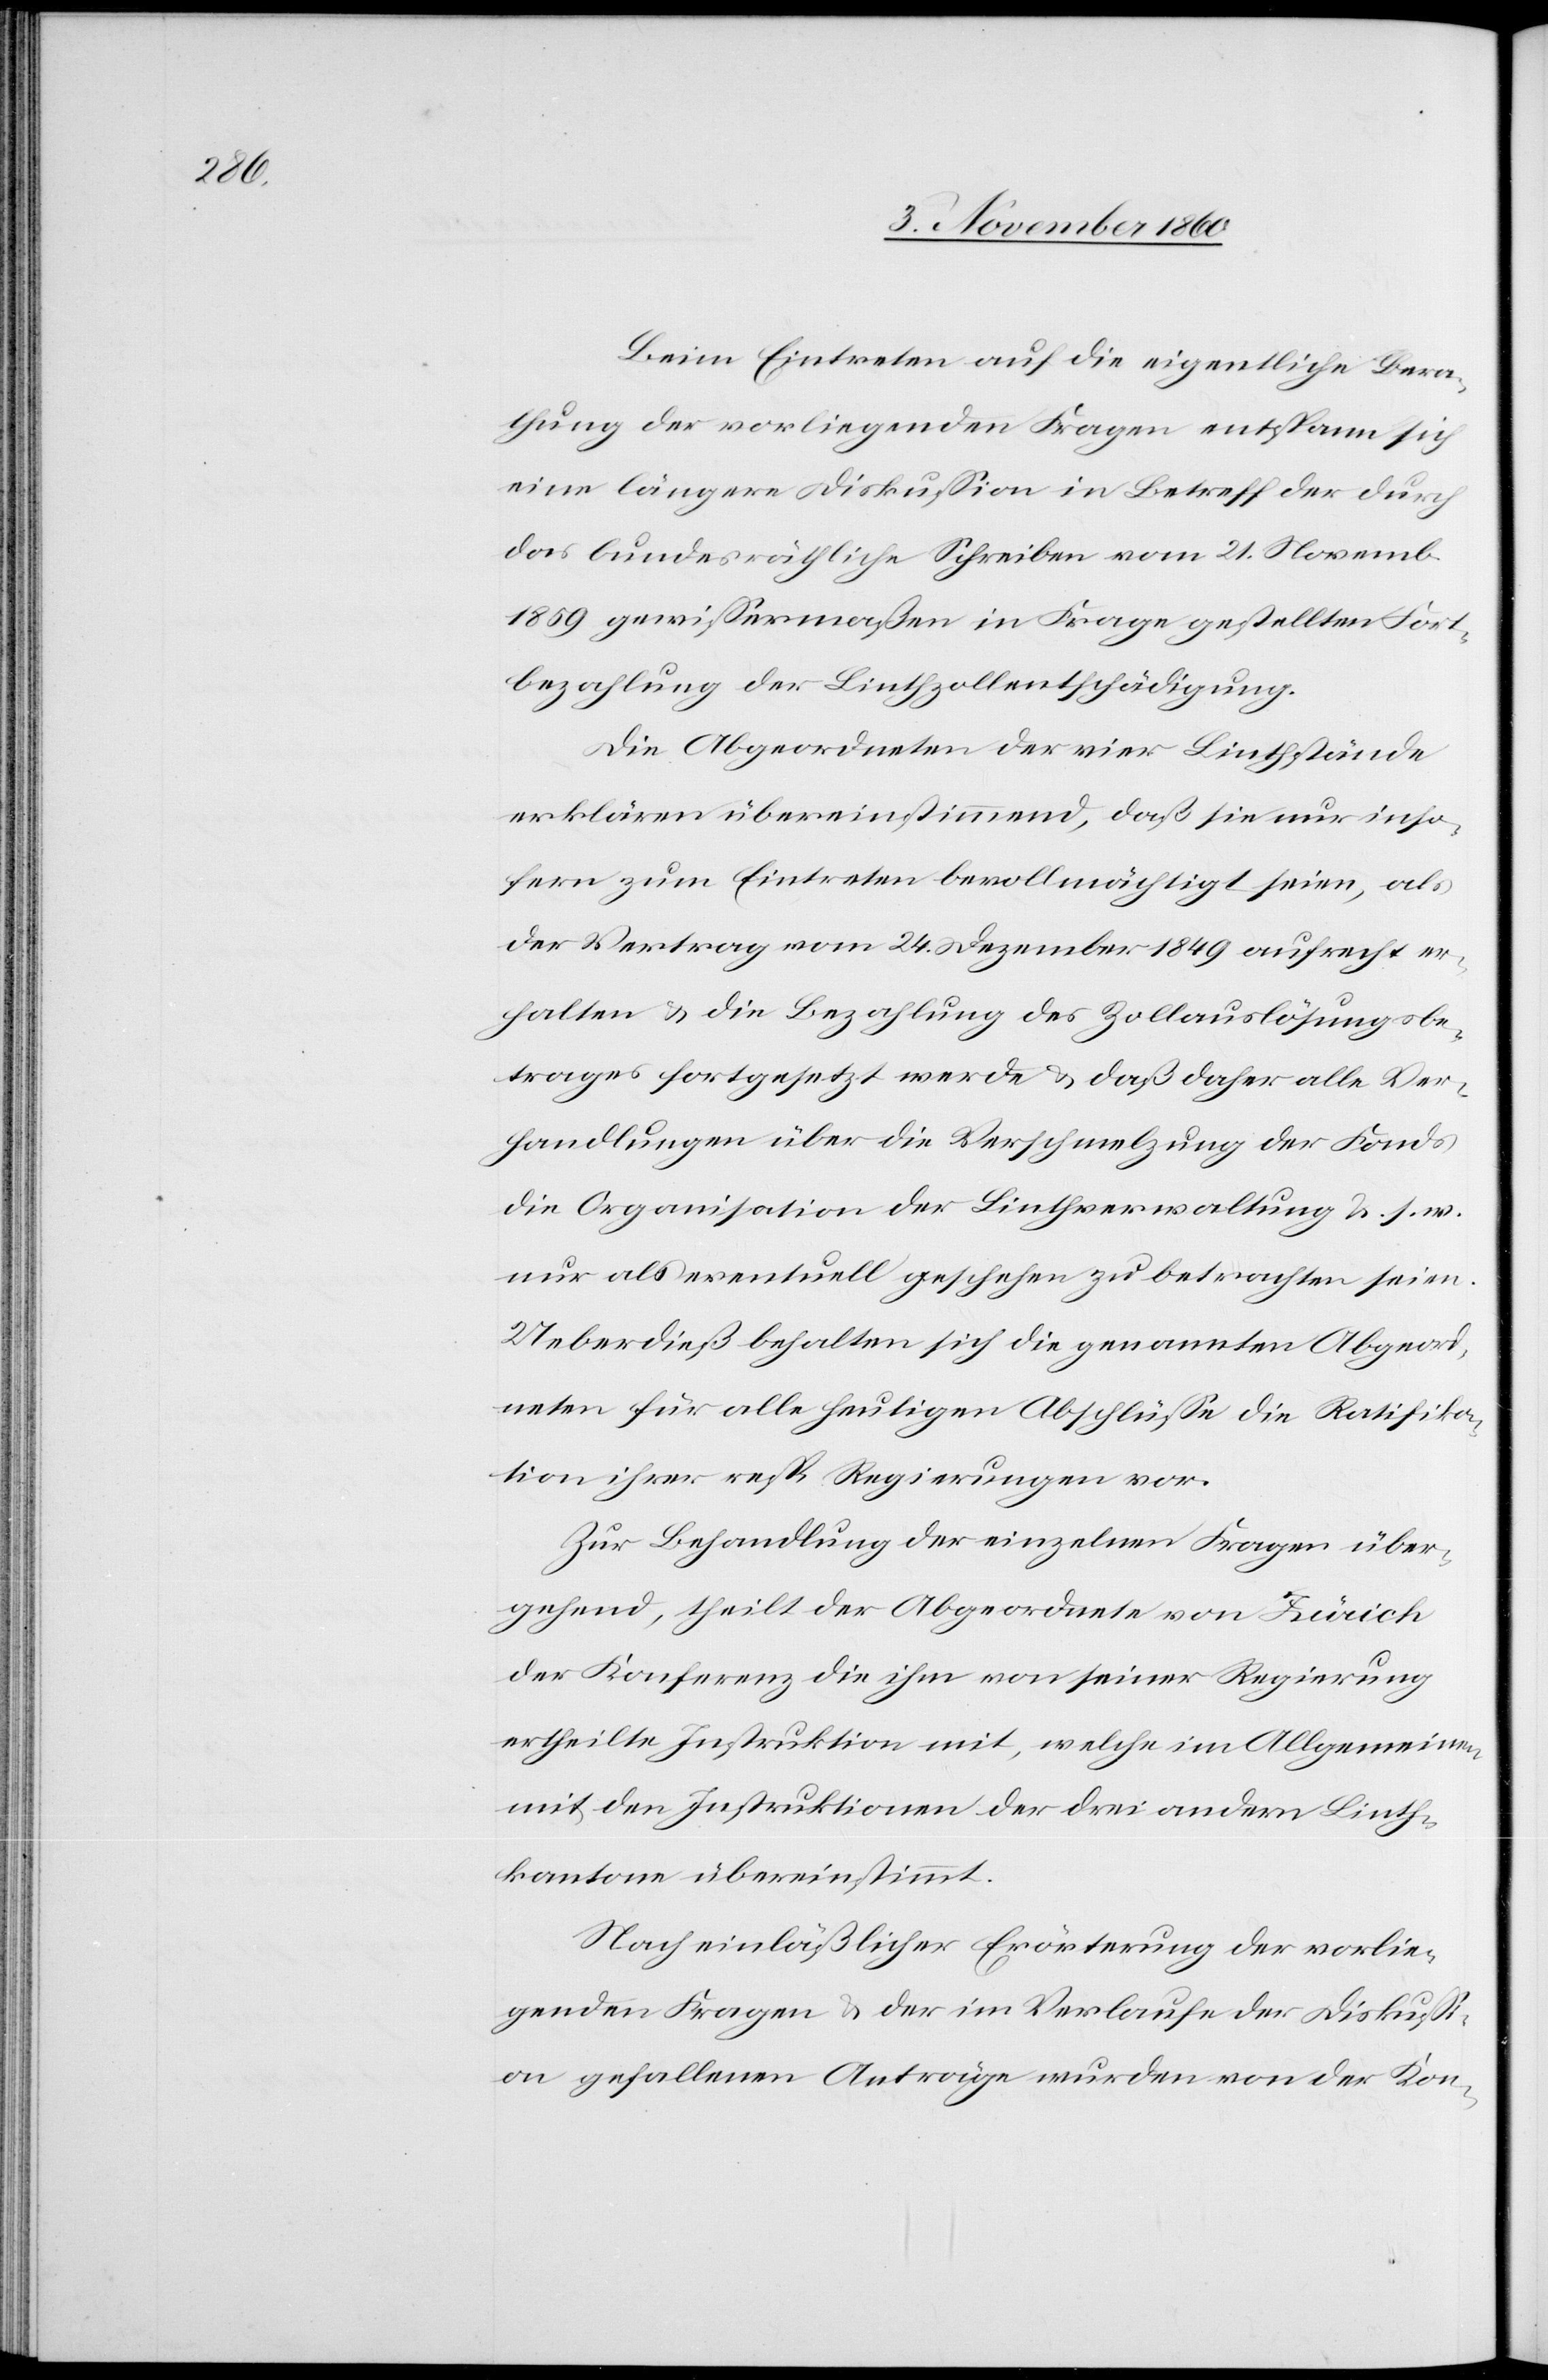
Beim Eintreten auf die eigentliche Bera¬
thung der vorliegenden Fragen entspann sich
eine längere Diskussion in Betreff der durch
das bundesräthliche Schreiben vom 21. Novemb.
1859 gewissermaßen in Frage gestellten Fort¬
bezahlung der Linthzollentschädigung.
Die Abgeordneten der vier Linthstände
erklären übereinstimmend, daß sie nur inso¬
fern zum Eintreten bevollmächtigt seien, als
der Vertrag vom 24. Dezember 1849 aufrecht er¬
halten u. die Bezahlung des Zollauslösungsbe¬
trages fortgesetzt werde u. daß daher alle Ver¬
handlungen über die Verschmelzung der Fonds
die Organisation der Linthverwaltung u. s. w.
nur als eventuell geschehen zu betrachten seien.
Ueberdieß behalten sich die genannten Abgeord¬
neten für alle heutigen Abschlüsse die Ratifika¬
tion ihrer resp. Regierungen vor.
Zur Behandlung der einzelnen Fragen über¬
gehend, theilt der Abgeordnete von Zürich
der Konferenz die ihm von seiner Regierung
ertheilte Instruktion mit, welche im Allgeminen
mit den Instruktionen der drei andern Linth¬
kantone übereinstimmt.
Nach einläßlicher Erörterung der vorlie¬
genden Fragen u. der im Verlaufe der Diskussi¬
on gefallenen Anträge wurden von der Kon-